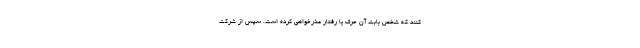
کنند که شخص بابت آن حرف یا رفتار عذر‌خواهی کرده است. سپس از شرکت‌